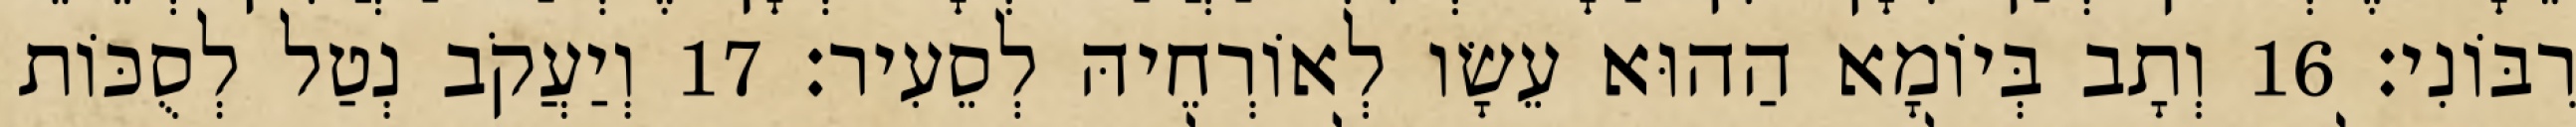
רִבּוֹנִי׃ 16 וְתָב בְּיוֹמָא הַהוּא עֵשָׂו לְאוֹרְחֵיהּ לְסֵעִיר׃ 17 וְיַעֲקֹב נְטַל לְסֻכּוֹת